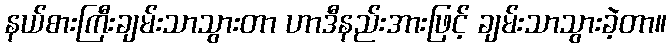
နယ်စားကြီးချမ်းသာသွားတာ ဟာဒီနည်းအားဖြင့် ချမ်းသာသွားခဲ့တာ။